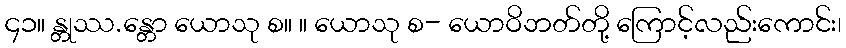
၄၁။ န္တုဿ.န္တော ယောသု စ။ ။ ယောသု စ- ယောဝိဘတ်တို့ ကြောင့်လည်းကောင်း၊